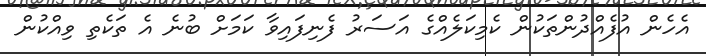
އެހެން އުފެއްދުންތަކުން ކެމިކަލެއްގެ އަސަރު ފެނިފައިވާ ކަމަށް ބުނެ އެ ތަކެތި ވިއްކުން